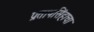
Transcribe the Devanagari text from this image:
प्रतापसिंहाचा